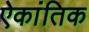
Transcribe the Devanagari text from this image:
ऐकांतिक